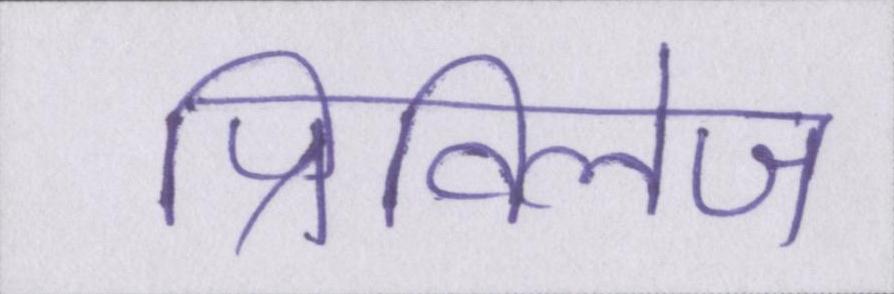
प्रिविलेज